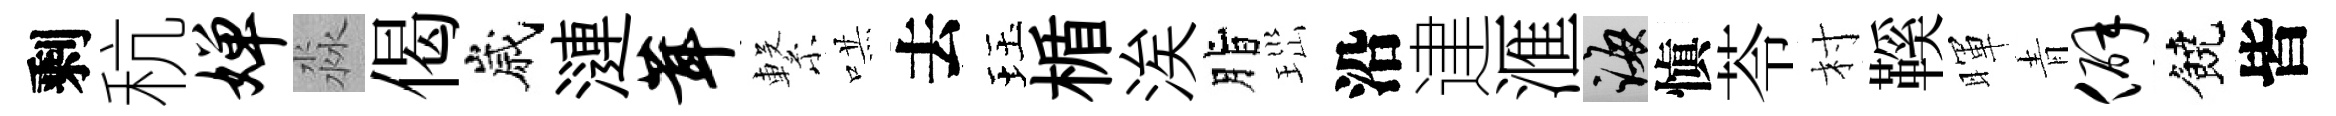
剩秔婵淼偈嵗漣茸繋哄去珏楯涘脂𤤼沿䢖滙誨愼苓村鞵暉青僻饒皆